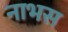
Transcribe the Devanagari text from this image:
नाभस